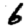
Digit: 6